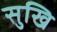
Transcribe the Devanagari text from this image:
सुखि